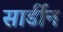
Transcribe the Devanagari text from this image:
सार्डीन